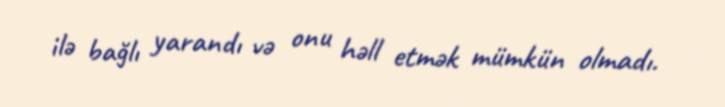
ilə bağlı yarandı və onu həll etmək mümkün olmadı.